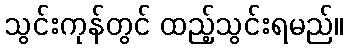
သွင်းကုန်တွင် ထည့်သွင်းရမည်။